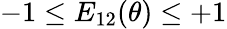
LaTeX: -1\le E_{12}(\theta)\le+1